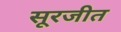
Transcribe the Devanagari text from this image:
सूरजीत